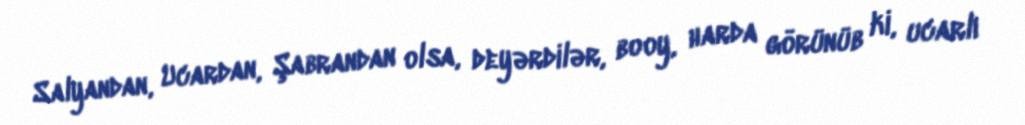
Salyandan, Ucardan, Şabrandan olsa, deyərdilər, booy, harda görünüb ki, ucarlı